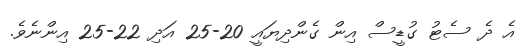
އެ ދެ ސެޓު ގުޑީސް އިން ގެންދިޔައީ 20-25 އަދި 22-25 އިންނެވެ.